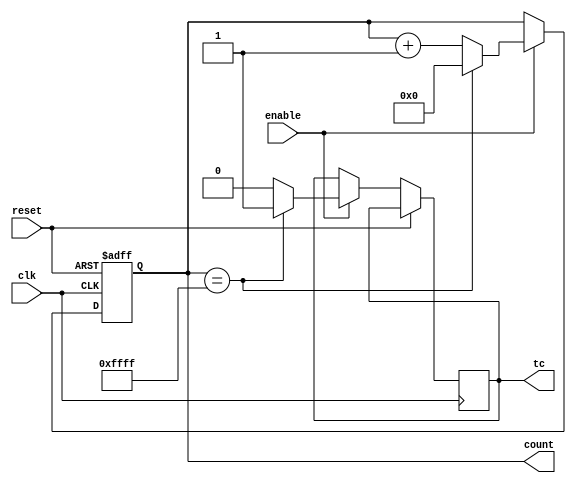



module project2 (
  input wire clk,                  // Clock input
  output wire [15:0] count,        // 16-bit counter output
  output wire tc,                  // Terminal count output
  input wire enable,               // Enable input
  input wire reset                 // Reset input
);
  reg [15:0] counter = 16'b0;  // 16-bit counter register
  reg tc_internal = 1'b0;   // Internal signal for terminal count
//  counter = 16'b0;
  
  always @(posedge clk or posedge reset) begin
     if (reset) begin
       counter <= 16'b0;  // Reset the counter to zero
     end else if (enable) begin
	    counter <= (counter == 16'hFFFF) ? 16'b0 : counter + 1;  // Increment the counter and reset at terminal count
       tc_internal <= (counter == 16'hFFFF) ? 1 : 0;  // Assert internal TC when terminal count is reached
//      if (counter == 16'hFFFF) begin
//        counter <= 16'b0;  // Reset to zero at the terminal count
//        tc_internal <= 1'b1; // Assert internal TC when terminal count is reached
//      end else begin
//        counter <= counter + 1;  // Increment the counter
////        tc_internal <= 1'b0;      // Deassert internal TC when not at terminal count
//      end
    end
  end
  
  assign tc = tc_internal; // Connect the internal TC to the output
  assign count = counter;  // Connect the counter to the output

endmodule